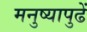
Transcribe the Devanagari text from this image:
मनुष्यापुढें